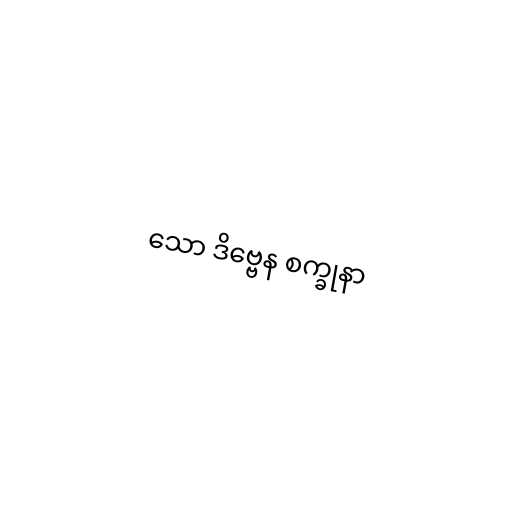
သော ဒိဗ္ဗေန စက္ခုနာ